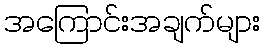
အကြောင်းအချက်များ